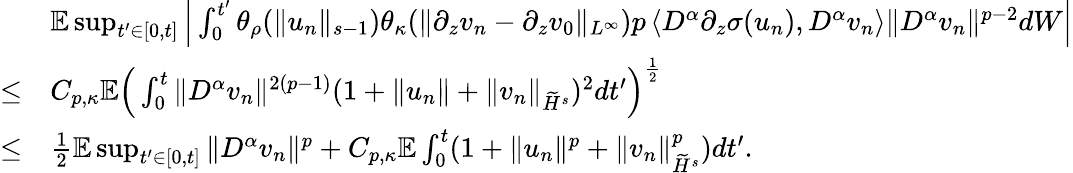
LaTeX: \begin{array}{rl}&{\mathbb E\operatorname*{sup}_{t^{\prime}\in[0,t]}\Big|\int_{0}^{t^{\prime}}\theta_{\rho}(\| u_{n}\| _{s-1})\theta_{\kappa}(\| \partial_{z}v_{n}-\partial_{z}v_{0}\| _{L^{\infty}})p\left\langle D^{\alpha}\partial_{z}\sigma(u_{n}),D^{\alpha}v_{n}\right\rangle\| D^{\alpha}v_{n}\| ^{p-2}dW\Big|}\\ {\leq}&{C_{p,\kappa}\mathbb E\Big(\int_{0}^{t}\| D^{\alpha}v_{n}\| ^{2(p-1)}(1+\| u_{n}\| +\| v_{n}\| _{\widetilde H^{s}})^{2}dt^{\prime}\Big)^{\frac 12}}\\ {\leq}&{\frac 12\mathbb E\operatorname*{sup}_{t^{\prime}\in[0,t]}\| D^{\alpha}v_{n}\| ^{p}+C_{p,\kappa}\mathbb E\int_{0}^{t}(1+\| u_{n}\| ^{p}+\| v_{n}\| _{\widetilde H^{s}}^{p})dt^{\prime}.}\end{array}